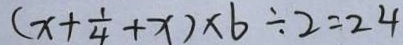
( x + \frac { 1 } { 4 } + x ) \times 6 \div 2 = 2 4